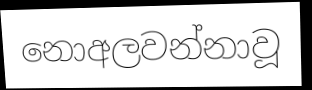
නොඅලවන්නාවූ